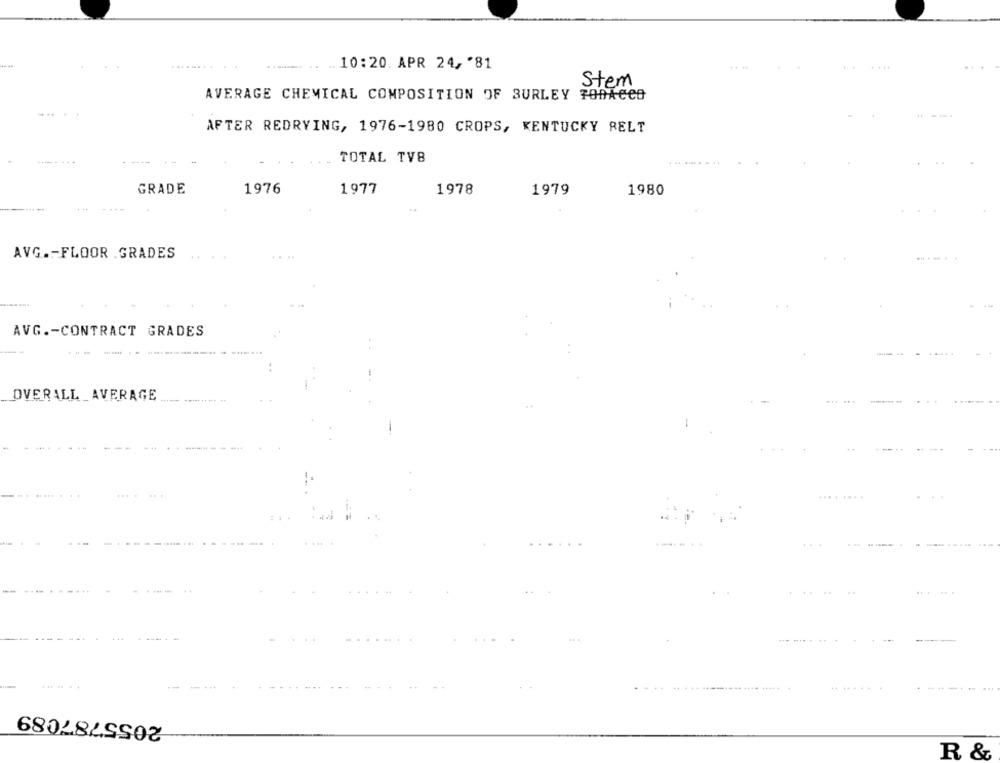
10:20. APR 24, '81
Stem
AVERAGE CHEMICAL COMPOSITION OF BURLEY TOBACCO
AFTER REDRYING, 1976-1980 CROPS, KENTUCKY RELT
----
TOTAL TV8
GRADE
1976
1977
1978
1979
1980
AVG .- FLOOR .GRADES
. ..
+ 48
AVG .- CONTRACT GRADES
OVERALL_AVERAGE
.... ...
..
... .. . .
2055787089
R &